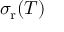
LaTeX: \sigma _ { \mathrm { r } } ( T )